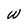
Character: W